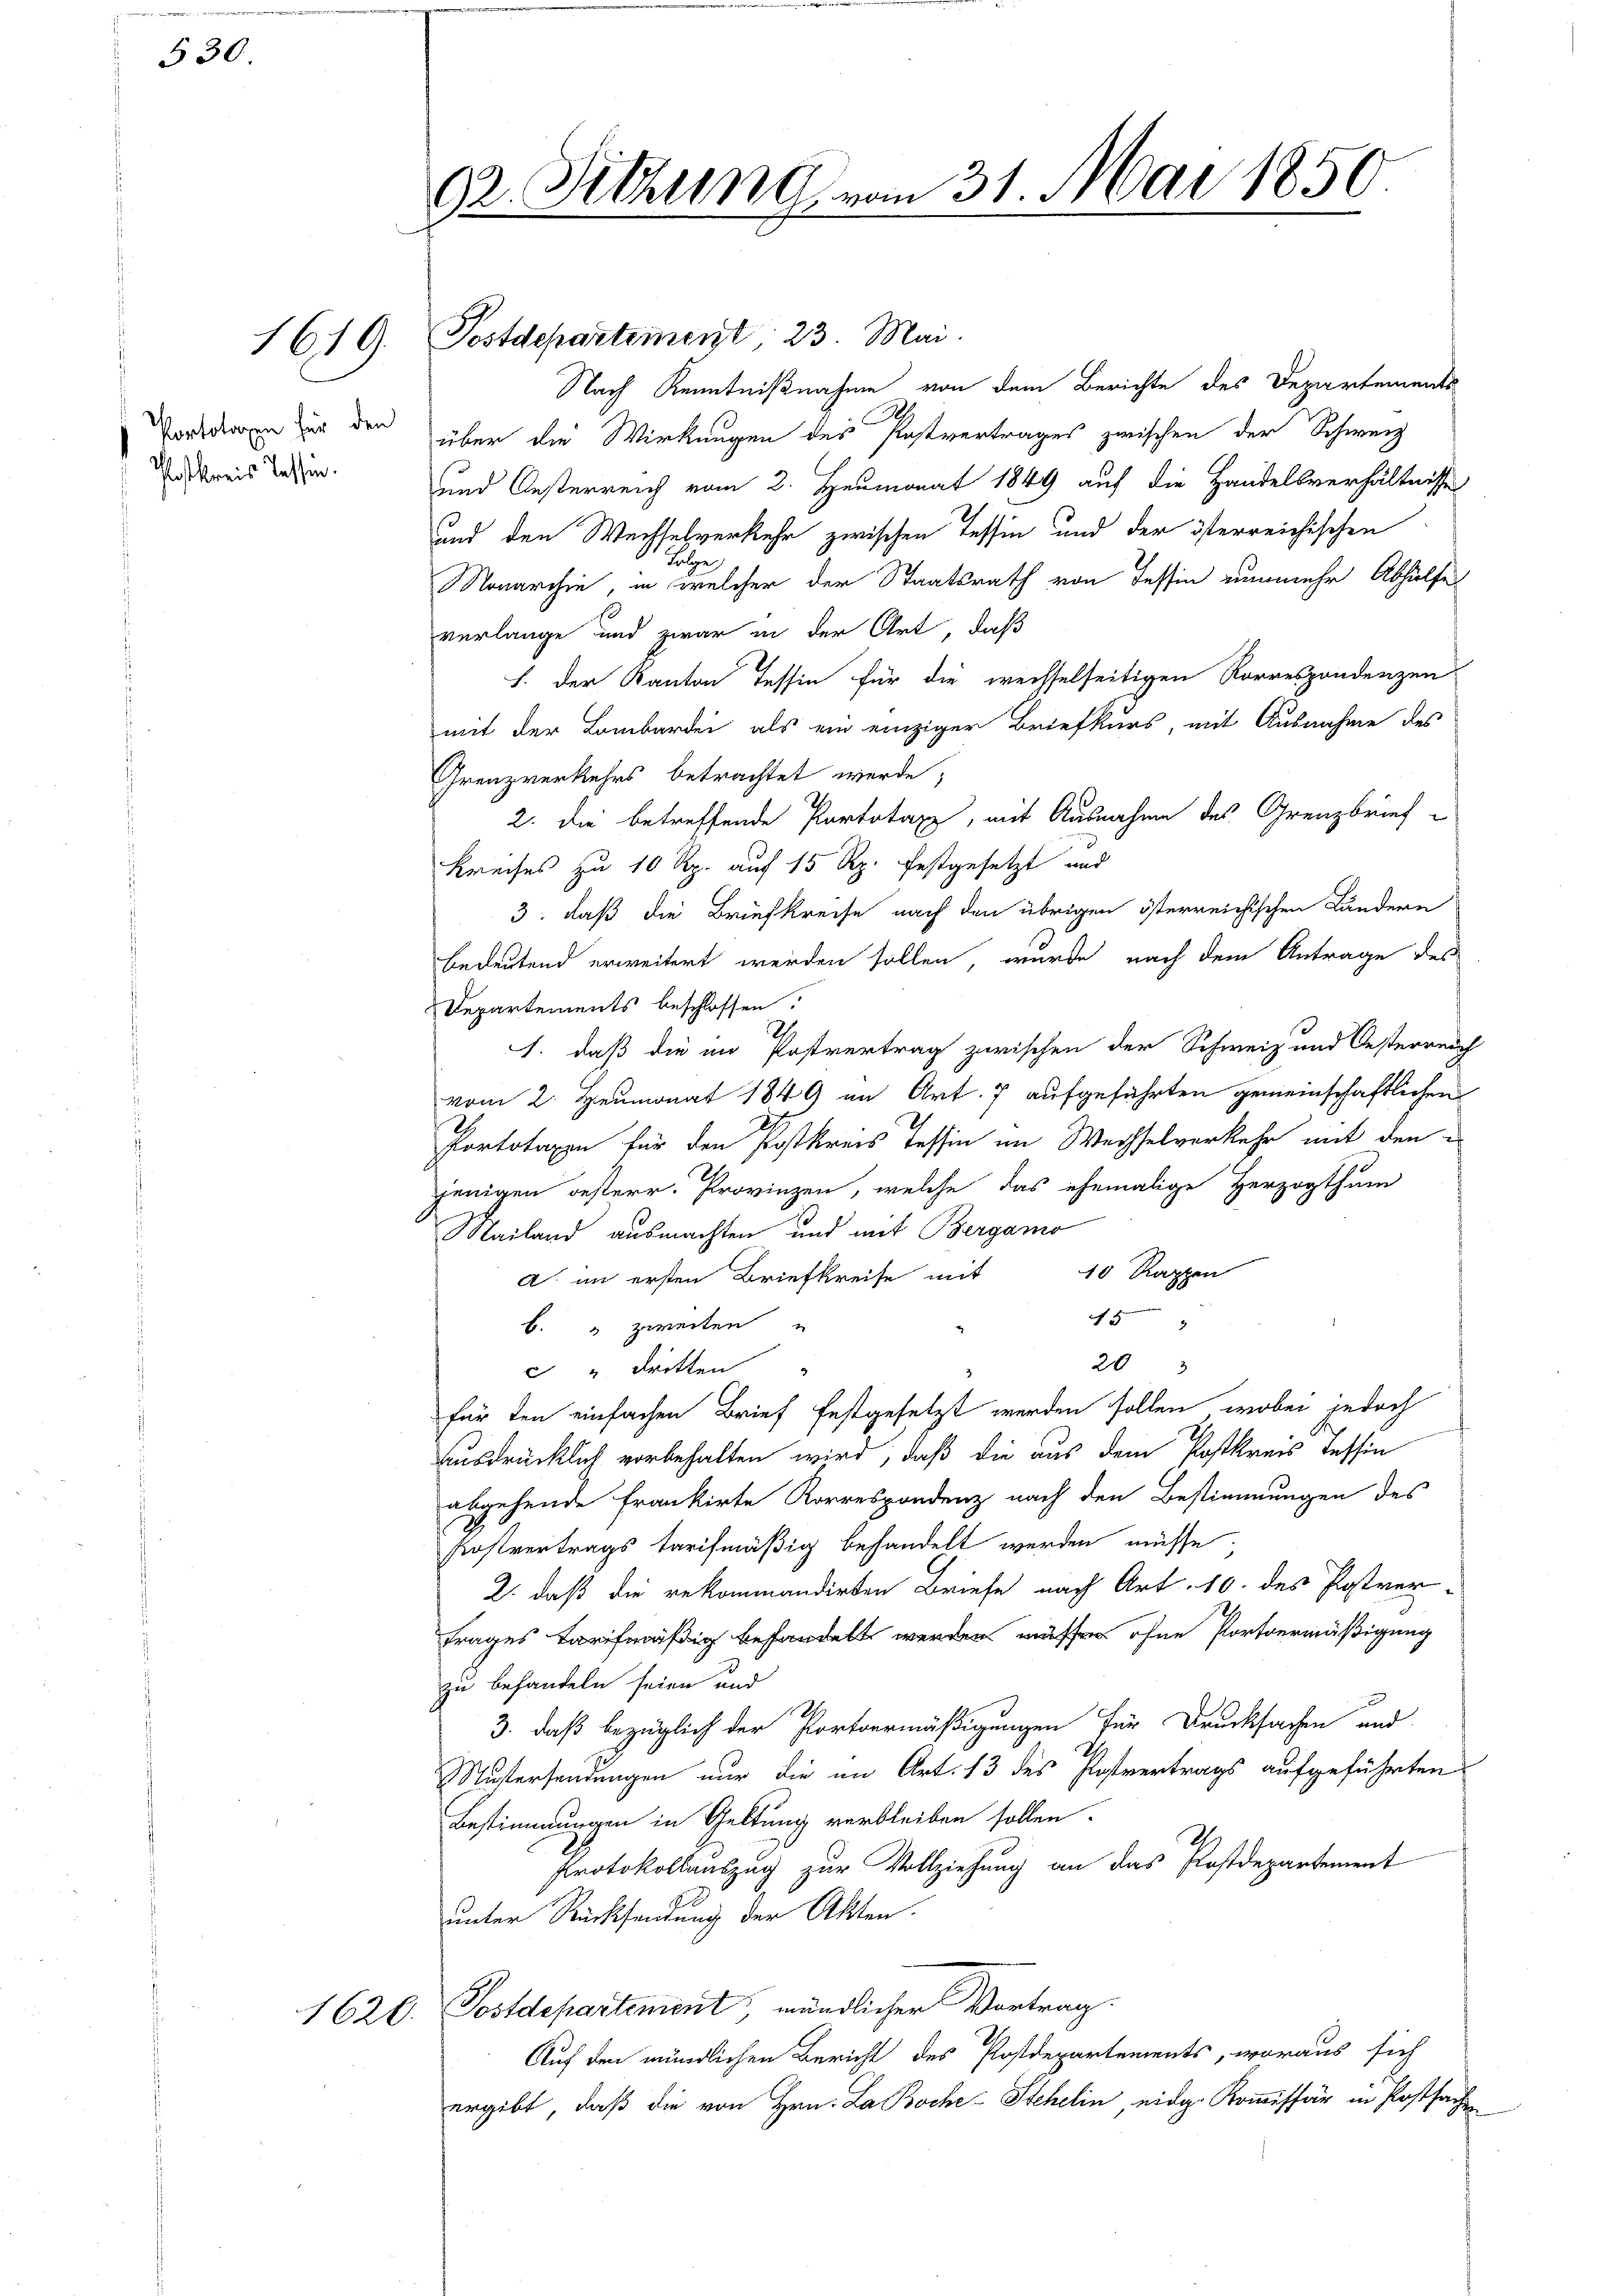
530

1619.

Portotoren für den
Postkreis Tessin.

1620.

92 Sitzung vom 31. Mai 1850.

Postdepartement, 23. Mai.
Nach Kenntnißnahme von dem Berichte des Departements
über die Wirkungen des Postvertrages zwischen der Schweiz
und Oesterreich vom 2. Heumonat 1849 auf die Handelsverhältnisse
und den Wechselverkehr zwischen Tessin und der österreichischen
ulge
Nonarchie, in welcher der Staatsrath von Tessin nunmehr Abhilfe
verlange und zwar in der Art, daß
1. Der Kanton Tessin für die wechselseitigen Korrespondenzen
mit der Lombardei als ein einziger Briefkurs, mit Ausnahme des
Grenzverkehrs betrachtet werde;
2. die betreffende Portotar, mit Ausnahme des Grenzbrief
Kreises zu 10 Rp. auf 15 Rp. festgesetzt und
3: daß die Briefkreise nach den übrigen österreichischen Ländern
bedeutend erweitert werden sollen, wurde nach dem Antrage des
Departements beschlossen:
1. daß die im Postvertrag zwischen der Schweiz und Oesterreich
vom 2. Heumonat 1849 in Art. 7 aufgeführten gemeinschaftlichen
Portotaxen für den Postkreis Tessin im Wechselverkehr mit den
jenigen oesterr. Provinzen, welche das ehemalige Herzogthum
Mailand ausmachten und mit Bergamo
A. im ersten Briefkreise mit 10 Rappen
45
b. " zweiten
203
 " Britten
d
für den einfachen Brief festgesetzt werden sollen, wobei jedoch
ausdrücklich vorbehalten wird, daß die aus dem Postkreis Tessin
abgehende Frankirte Korrespondenz nach den Bestimmungen des
Fostvertrags tarifmäßig behandelt werden müsse
2. daß die rekommandirten Briefe nach Art. 10. des Postver-
trages Tarifmäßig behandelt werden müsse ohne Portvermäßigung
zu behandeln seien und
3. daß bezüglich der Portoermäßigungen für Drucksachen und
Rustersendungen nur die im Art. 13 des Postvertrags aufgeführten
Bestimmungen in Geltung verbleiben sollen.
Protokollauszug zur Vollziehung an das Postdepartement
unter Rücksendung der Akten.
Postdepartement, mündlicher Vortrag.
Auf den mündlichen Bericht des Postdepartements, woraus sich
ergibt, daß die von Hrn. La Boche Stehelin, eidg. Kommissär in Postsachen